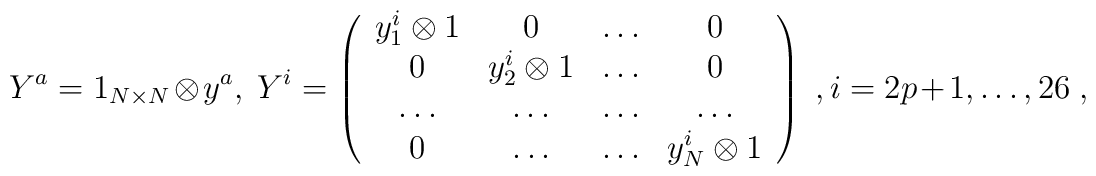
Y^a= 1_{N\times N}\otimes y^a , \Y^i=\left(\begin{array}{cccc}y^i_1\otimes 1 & 0 & \dots & 0 \\0 & y_2^i \otimes 1 & \dots & 0 \\\dots & \dots & \dots  & \dots \\0 & \dots & \dots & y^i_N \otimes 1 \\\end{array}\right) \ , i=2p+1,\dots, 26 \ ,